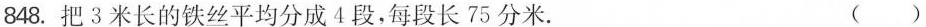
848.把3米长的铁丝平均分成4段，每段长75分米。 ( )